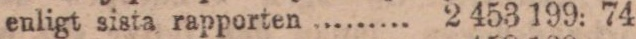
Utestående, enligt sista rapporten ........ 2 453 199: 74